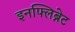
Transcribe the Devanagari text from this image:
इनफ्लिब्नेट